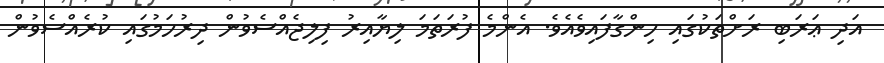
އަދި ޢަރަބި ރަށްތަކުގައި ހިންގާފައިވެއެވެ. އެންމެ ފުރަތަމަ ލިޔާއިރު ފިލިޖެއްސެވުން ދިރުހަމުގައި ކުރެއްސެވުން